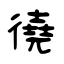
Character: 徺